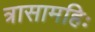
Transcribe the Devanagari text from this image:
त्रासामहिः